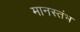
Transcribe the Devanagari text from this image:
मानस्तंभ